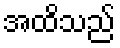
အထိသည်